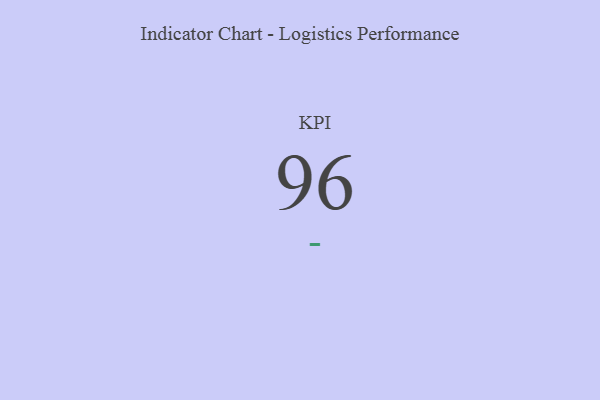
{"axis": {"x": "KPI", "y": "Value"}, "legend": [""], "data": [{"x": "KPI", "y": 96, "type": ""}]}